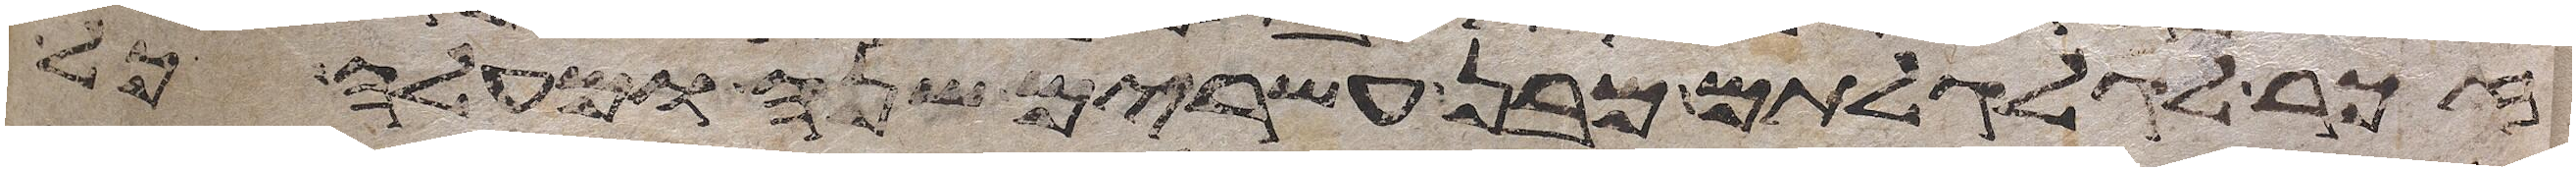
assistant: זכר לגלגלתם מבן עשרים שנה ומעלה כל